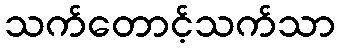
သက်တောင့်သက်သာ